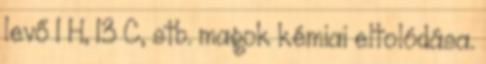
levő 1 H, 13 C, stb. magok kémiai eltolódása.